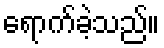
ရောက်ခဲ့သည်။